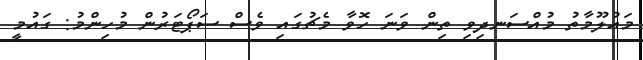
މައުލޫމާތު މުއްސަނދިވި ތިން ވަނަ ހޮވާ މެޗުގައި ވެސް ސަޕޯޓަރުން މުހިންމު: ގައުމީ